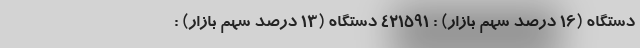
دستگاه (16 درصد سهم بازار) : 421591 دستگاه (13 درصد سهم بازار) :